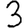
Digit: 3